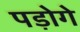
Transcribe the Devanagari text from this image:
पड़ोगे